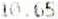
10.65